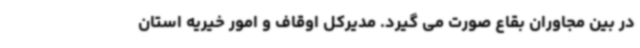
در بین مجاوران بقاع صورت می گیرد. مدیرکل اوقاف و امور خیریه استان